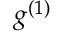
g ^ { ( 1 ) }